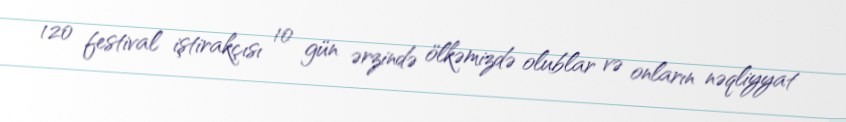
120 festival iştirakçısı 10 gün ərzində ölkəmizdə olublar və onların nəqliyyat